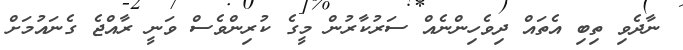
ނާދެވި ތިބި އެތައް ދިވެހިންނެއް ސަރުކާރުން މީގެ ކުރިންވެސް ވަނީ ރާއްޖެ ގެނައުމަށް